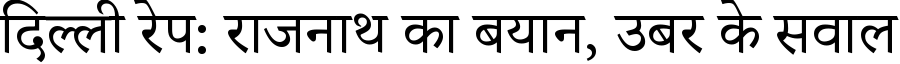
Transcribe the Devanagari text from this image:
दिल्ली रेप: राजनाथ का बयान, उबर के सवाल